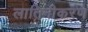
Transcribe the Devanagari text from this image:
लातिनीकरण